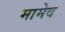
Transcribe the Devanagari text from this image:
मामेव